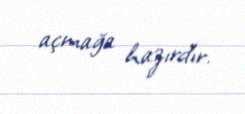
açmağa hazırdır.